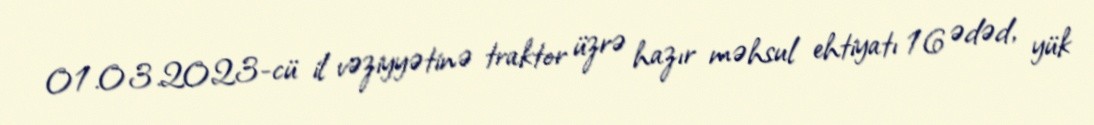
01.03.2023-cü il vəziyyətinə traktor üzrə hazır məhsul ehtiyatı 16 ədəd, yük